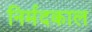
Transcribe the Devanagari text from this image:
निर्मदकाल